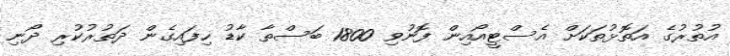
އުތުރުގެ އަތޮޅުތަކަށް އެސްޓީއޯއިން ފޮނުވި 1800 ބަސްތާ ކާޑު ހިފައިގެން ދަތުރުކުރި ދޯނި